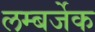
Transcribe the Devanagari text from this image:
लम्बर्जेक